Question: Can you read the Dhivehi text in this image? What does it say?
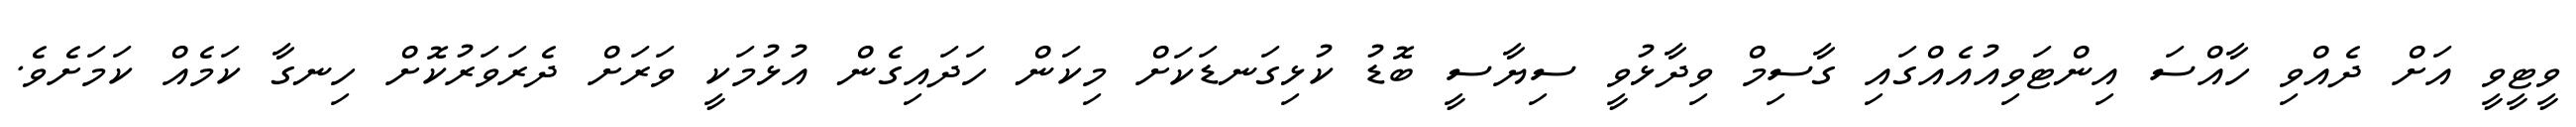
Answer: ވީޓީވީ އަށް ދެއްވި ހާއްސަ އިންޓަވިއުއެއްގައި ގާސިމް ވިދާޅުވީ ސިޔާސީ ބޮޑު ކުޅިގަނޑަކަށް މިކަން ހަދައިގެން އުޅުމަކީ ވަރަށް ދެރަވަރުކޮށް ހިނގާ ކަމެއް ކަމަށެވެ.